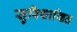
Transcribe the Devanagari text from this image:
सुविशाखित